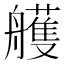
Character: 艧